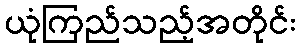
ယုံကြည်သည့်အတိုင်း